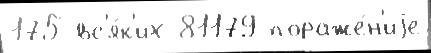
175 вс'я́к'их 81179 пораже́н'иjе